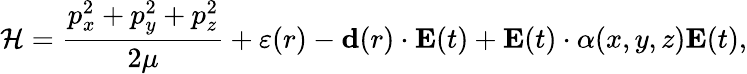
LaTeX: {\cal H}=\frac{p_{x}^{2}+p_{y}^{2}+p_{z}^{2}}{2\mu}+\varepsilon(r)-{\mathbf d}(r)\cdot{\mathbf E}(t)+{\mathbf E}(t)\cdot\alpha(x,y,z){\mathbf E}(t),